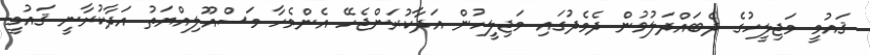
ޤައުމީ މަޖިލީހުގެ ދެބައްދަލުވުން ދެމެދުގައި މަޖިލީހުން އަދާކުރަންޖެހޭ އެންމެހާ މަސްއޫލިއްޔަތު އަދާކުރާނީ ޤައުމީ